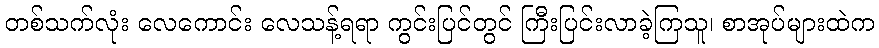
တစ်သက်လုံး လေကောင်း လေသန့်ရရာ ကွင်းပြင်တွင် ကြီးပြင်းလာခဲ့ကြသူ၊ စာအုပ်များထဲက